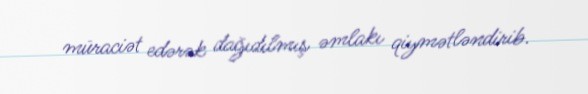
müraciət edərək dağıdılmış əmlakı qiymətləndirib.